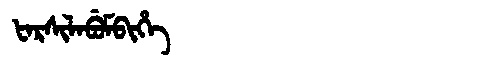
Manchu: ᡶᠠᡵᠰᡳᠯᠠᠪᡠᠮᠪᡳᡥᡝ
Romanization: FARSILABUMBIHE